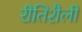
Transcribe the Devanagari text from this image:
रीतिशैली